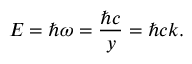
E = \hbar \omega = { \frac { \hbar c } { y } } = \hbar c k .